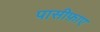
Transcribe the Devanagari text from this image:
पासीफ़ाए